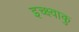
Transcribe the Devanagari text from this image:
इच्क्ष्वाकु